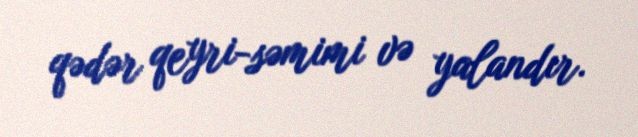
qədər qeyri-səmimi və yalandır.